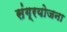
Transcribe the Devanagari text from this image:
संग्रयोजना